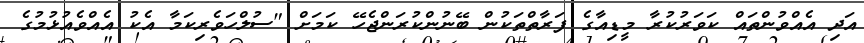
އަދި އެއްވުންތައް ކަވަރުކުރާ މީޑިއާގެ ފަރާތްތަކުން ބޭނުންކުރަންޖެހޭ ކަމަށް "ސުލްހަވެރިކަމާ އެކު އެއްވެއުޅުމުގެ